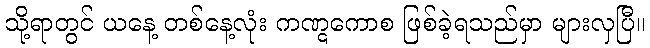
သို့ရာတွင် ယနေ့ တစ်နေ့လုံး ကဏ္ဋကောစ ဖြစ်ခဲ့ရသည်မှာ များလှပြီ။